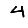
Digit: 4